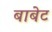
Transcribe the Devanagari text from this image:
बाबेट